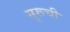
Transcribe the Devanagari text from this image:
सुरूची